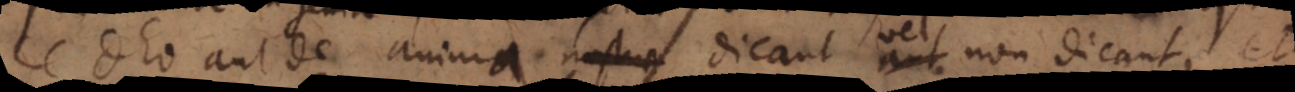
de Deo aut de anima dicant vel non dicant, et